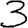
Digit: 3